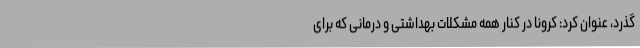
گذرد، عنوان کرد: کرونا در کنار همه مشکلات بهداشتی و درمانی که برای